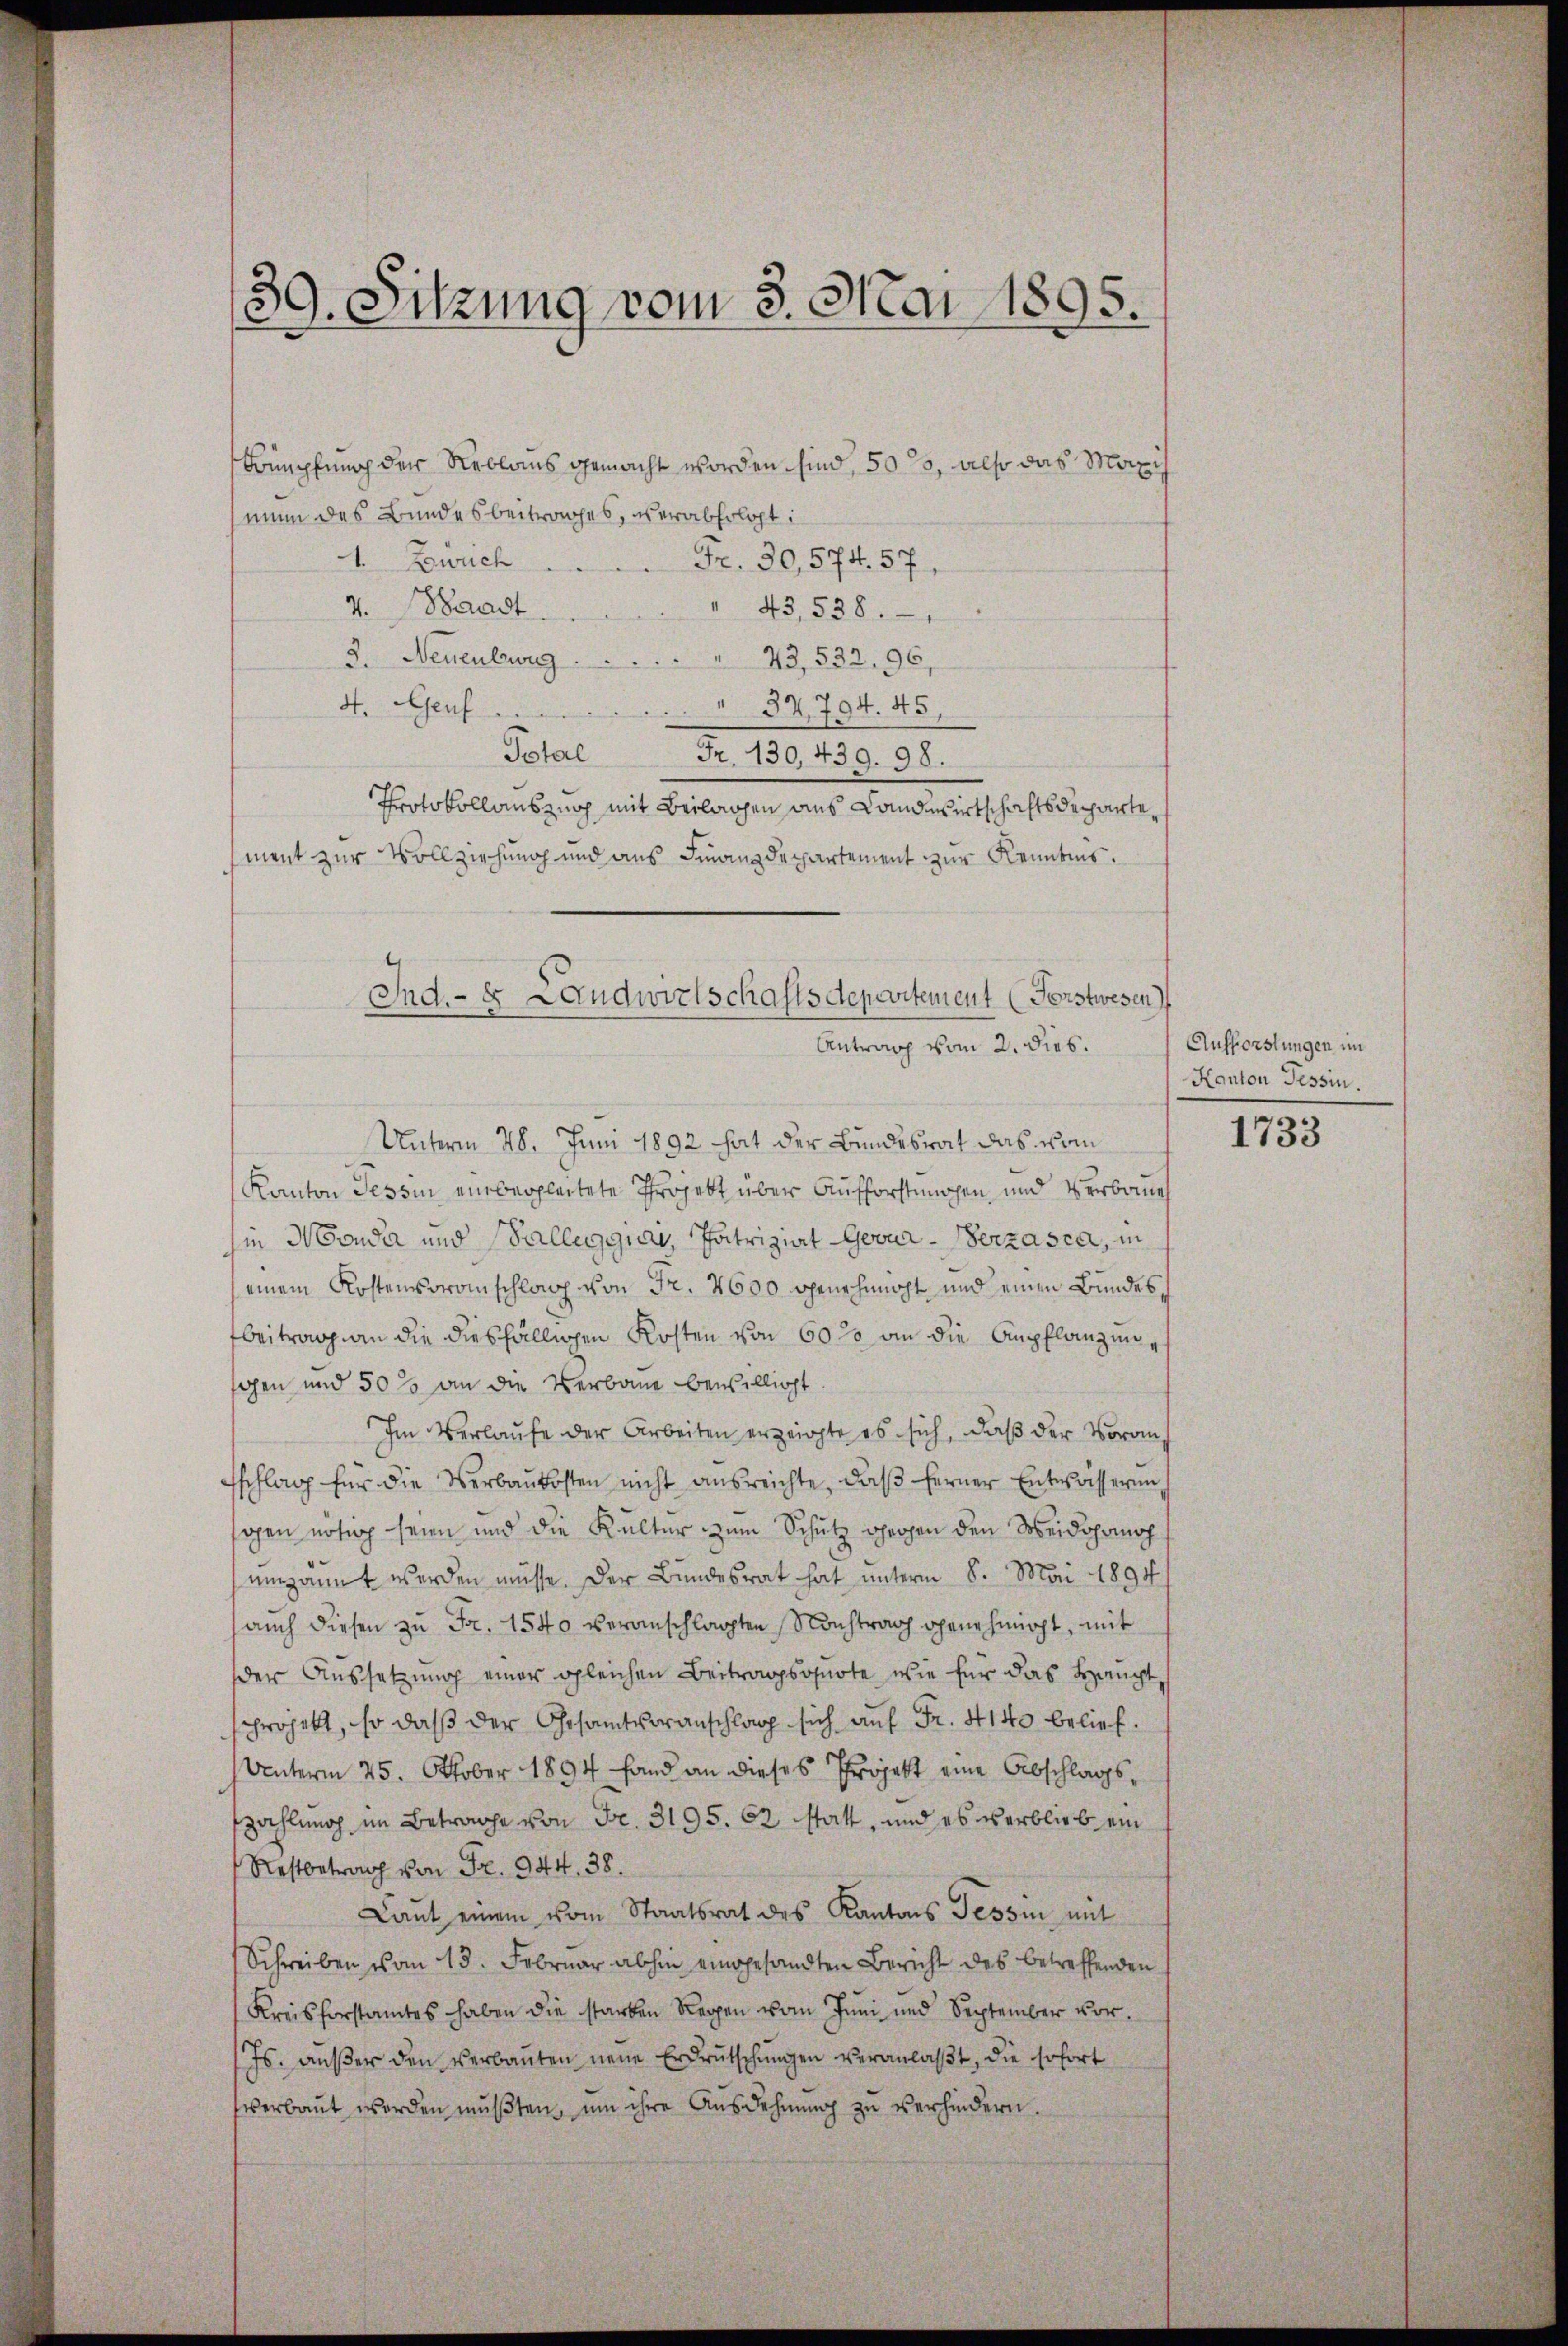
3
9. Sitzung vom 3. Mai 1895.

Krüpfung der Reblaus gemacht worden sind, 503, also das Maxis
nun des Bundesbeitrages, verabfolgt:
1. Zürich  ..  ..  ..  Fr. 30,574. 57.
v. Waadt
" 43,538.
3. Neuenbeweg  ..  ..  .. ..
73,532, 96,
37,704. 45,
4. Genf
Total Fr. 130, 439. 98.
Protokollauszug mit Beilagen aus Landwirtschaftsdepartement zur Vollziehung und aus Finanzdepartement zur Kenntnis.
Unterm 28. Juni 1892 hat der Bundesrat das vom
Kanton Tessin einbergleitete Projekt über Aufforstungen, und Verbaue
in Monda und alleggia, Patriziat Gevar-Verzasca, in
einem Kostenvoranschlag von Fr. 4600 genehmigt und einen Bundes
beitrag an die diesfälligen Kosten von 60 % an die Anpflanzungen und 50% an die Verbaue bewilligt.
Im Verlaufe der Arbeiten erzeigte es sich, daß der Voran¬
Eschlag für die Verbaukosten nicht ausreichte, daß ferner Entwässerung
sogen nötig seien und die Kalter zum Schutz gegen den Weidopomoh
eipannt werden müsse. Der Bundesrat hat unterm 8. Mai 1894
(auch diesen zu Fr. 1540 veranschlagten Nachtrag genehmigt, mit
der Aussetzung einer gleichen Beitragsquote, wie für das Heucht,
projekt, so daß der Gesamtvoranschlag sich auf Fr. 4140 belief.
Unterm 25. Oktober 1894 fand an dieses Projekt eine Abschlagszahlung im Betrage von Fr. 3195. 62 statt, und es verblieb ein
Restbetrag von Fr. 944. 38.
Laut einem vom Staatsrat des Kantons Tessin mit
Schreiben vom 13. Februar abhin eingesandten Bericht des betreffenden
Kreisforstamtes haben die starben Regen vom Juni und September vor.
/Js. aŭβer den verbaŭten neue Erdrŭtschŭngen veranlaβt, die sofort
verbaut werden mŭβten, um ihre Ausdehnung zu verhindern.

Ind.- 8 Landwirtschaftsdepartement (Forstwesen
Antrag vom 2. dies.

Aufforstungen im
Kanton Tessin.

1733